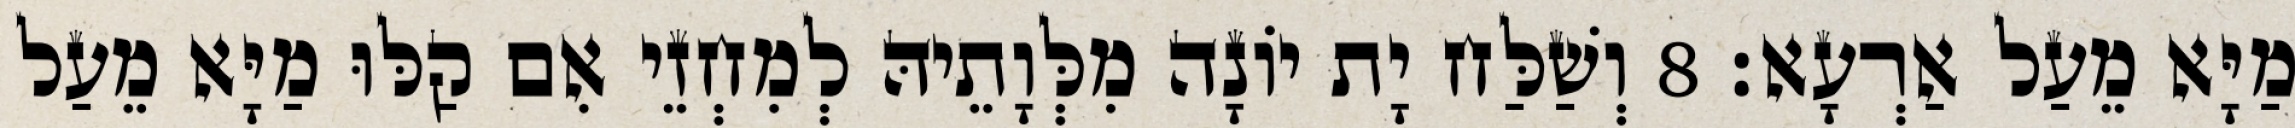
מַיָּא מֵעַל אַרְעָא׃ 8 וְשַׁלַּח יָת יוֹנָה מִלְּוָתֵיהּ לְמִחְזֵי אִם קַלּוּ מַיָּא מֵעַל